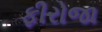
ફીરોજા